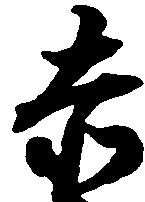
赤